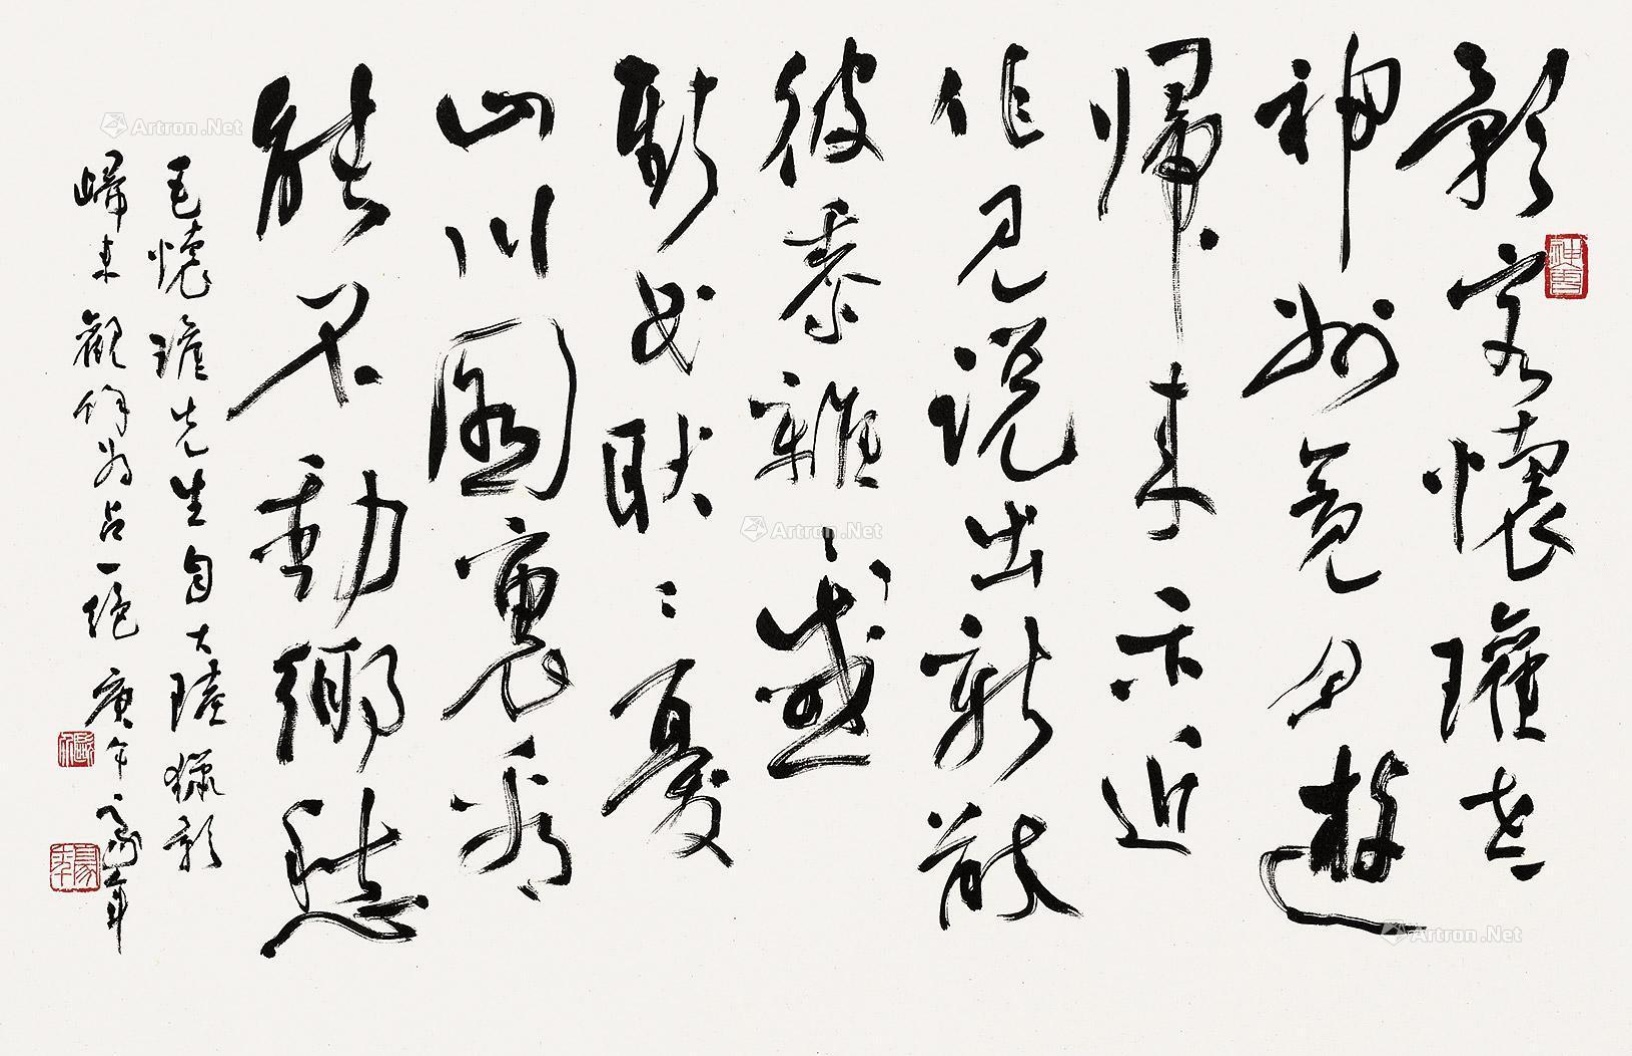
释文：影客怀瓘老，神州竟月游。归来示近作，见说出新猷。彼黍离离感，斯民耿耿忧。山川图里看，能不动乡愁。毛怀瓘先生自大陆猎影归来，观余为占一绝。庚午，豪年。